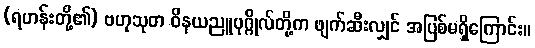
(ရဟန်းတို့၏) ဗဟုသုတ ဝိနယညူပုဂ္ဂိုလ်တို့က ဖျက်ဆီးလျှင် အပြစ်မရှိကြောင်း။